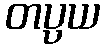
တပ္ပယ